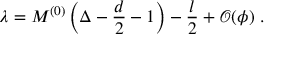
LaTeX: \lambda = M ^ { ( 0 ) } \left( \Delta - \frac { d } 2 - 1 \right) - \frac { l } 2 + \mathcal { O } ( \phi ) ~ .